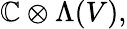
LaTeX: \mathbb{C}\otimes\Lambda(V),